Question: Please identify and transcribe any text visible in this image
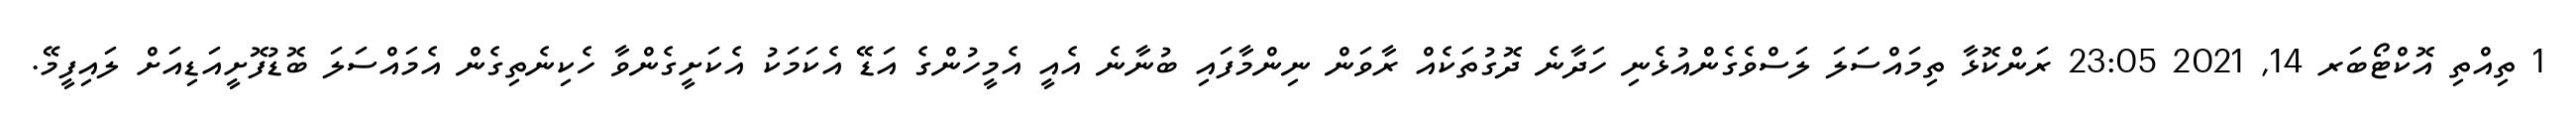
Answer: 1 ތިއްތި އޮކްޓޯބަރ 14, 2021 23:05 ރަންކޮޅާ ތިމައްސަލަ ލަސްވެގެންއުޅެނި ހަދާނެ ދޮގުތަކެއް ރާވަން ނިންމާފައި ބުނާނެ އެއީ އެމީހުންގެ އަޑޭ އެކަމަކު އެކަށީގެންވާ ހެކިނެތިގެން އެމައްސަލަ ބޮޑުފޮށީއަޑިއަށް ލައިފީމޭ.